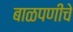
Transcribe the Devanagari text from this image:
बाळपणीचे